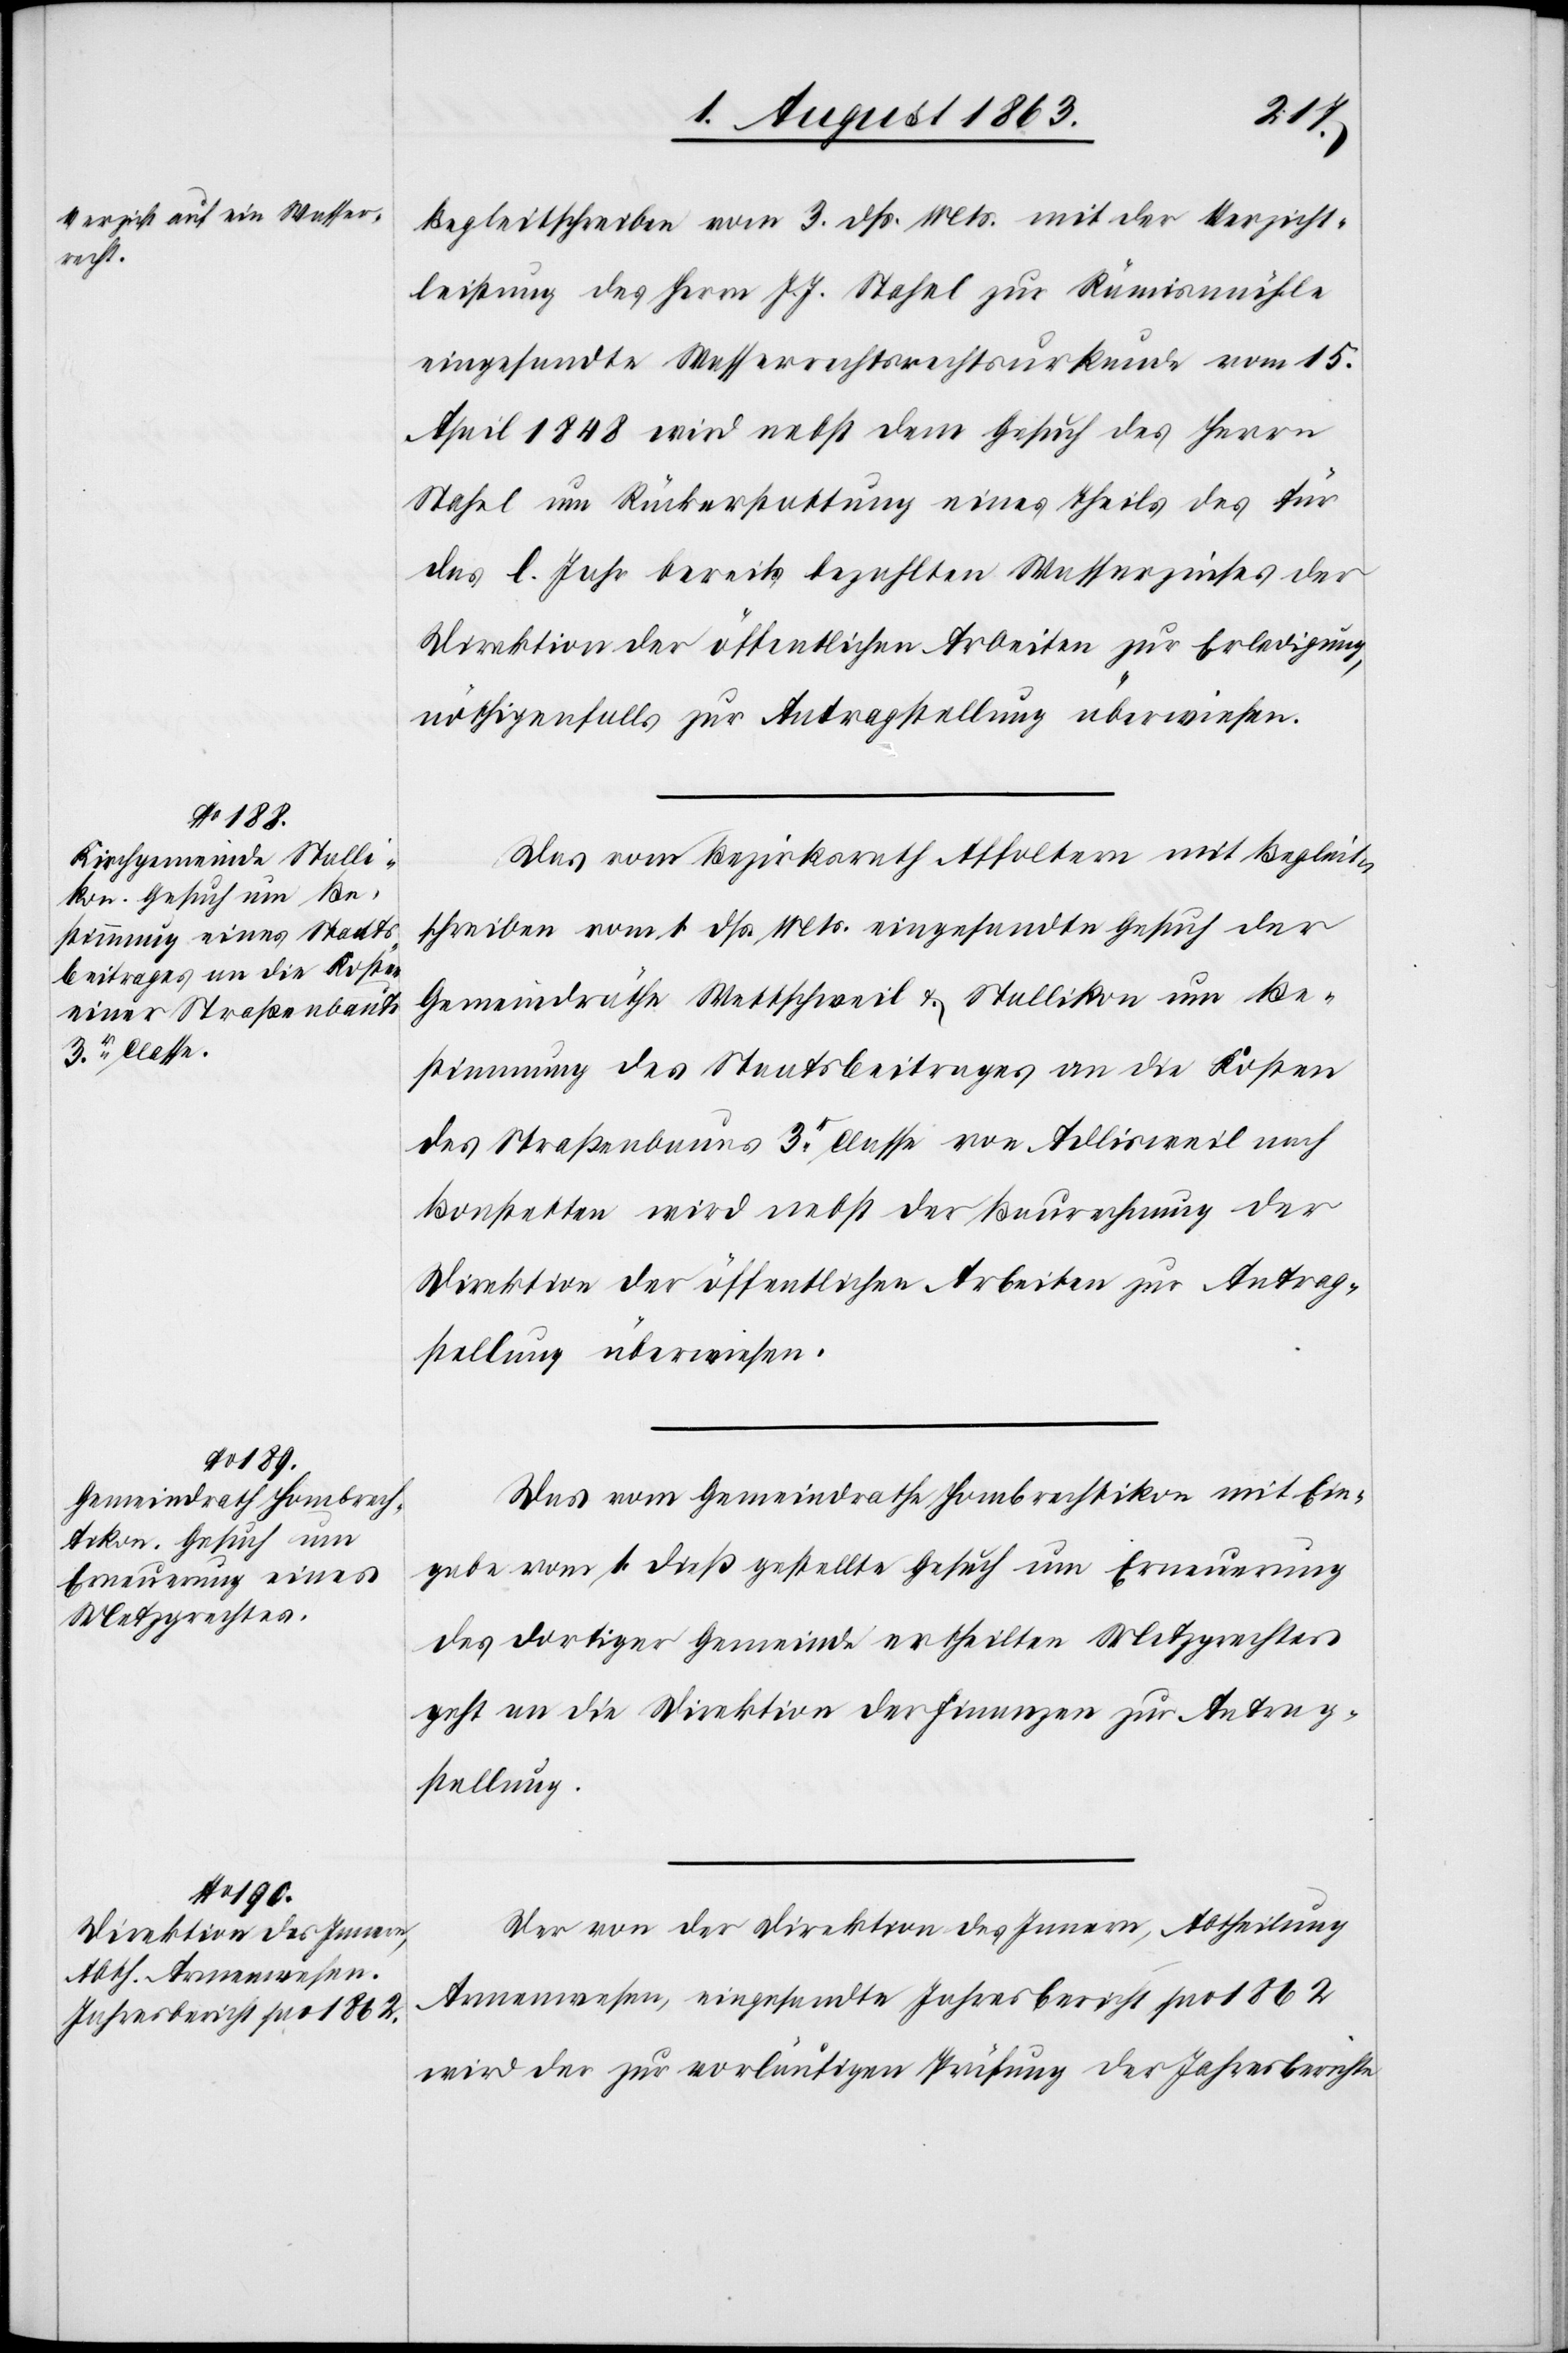
5. August 1863.]
Begleitschreiben vom 3. dß. Mts. mit der Verzicht¬
leistung des Herrn J. J. Stahel zur Rämismühle
eingesandte Wasserrechtsrechtsurkunde [sic!] vom 15.
April 1848 wird nebst dem Gesuch des Herrn
Stahel um Rückerstattung eines Theils des für
das l. Jahr bereits bezahlten Wasserzinses der
Direktion der öffentlichen Arbeiten zur Erledigung,
nöthigenfalls zur Antragstellung überwiesen.
Das vom Bezirksrath Affoltern mit Begleit¬
schreiben vom 1. dß. Mts. eingesandte Gesuch der
Gemeindräthe Wettschweil & Stallikon um Be¬
stimmung des Staatsbeitrages an die Kosten
des Straßenbaues 3r Classe von Adlisweil nach
Bonstetten wird nebst der Baurechnung der
Direktion der öffentlichen Arbeiten zur Antrag¬
stellung überwiesen.
Das vom Gemeindrathe Hombrechtikon mit Ein¬
gabe vom 1. dieß gestellte Gesuch um Erneuerung
des dortiger Gemeinde ertheilten Metzgrechtes
geht an die Direktion der Finanzen zur Antrag¬
stellung.
Der von der Direktion des Innern, Abtheilung
Armenwesen, eingesandte Jahresbericht pro 1862
wird der zur vorläufigen Prüfung der Jahresberichte